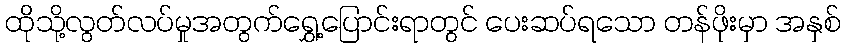
ထိုသို့လွတ်လပ်မှုအတွက်ရွှေ့ပြောင်းရာတွင် ပေးဆပ်ရသော တန်ဖိုးမှာ အနှစ်